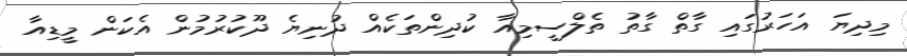
މިދިޔަ އަހަރުގައި ގާތް ގާތު ތެލްސީމިއާ ކުދިންތަކެއް ދުނިޔެ ދޫކުރުމުން އެކަން މީޑިއާ